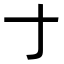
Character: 𬺰